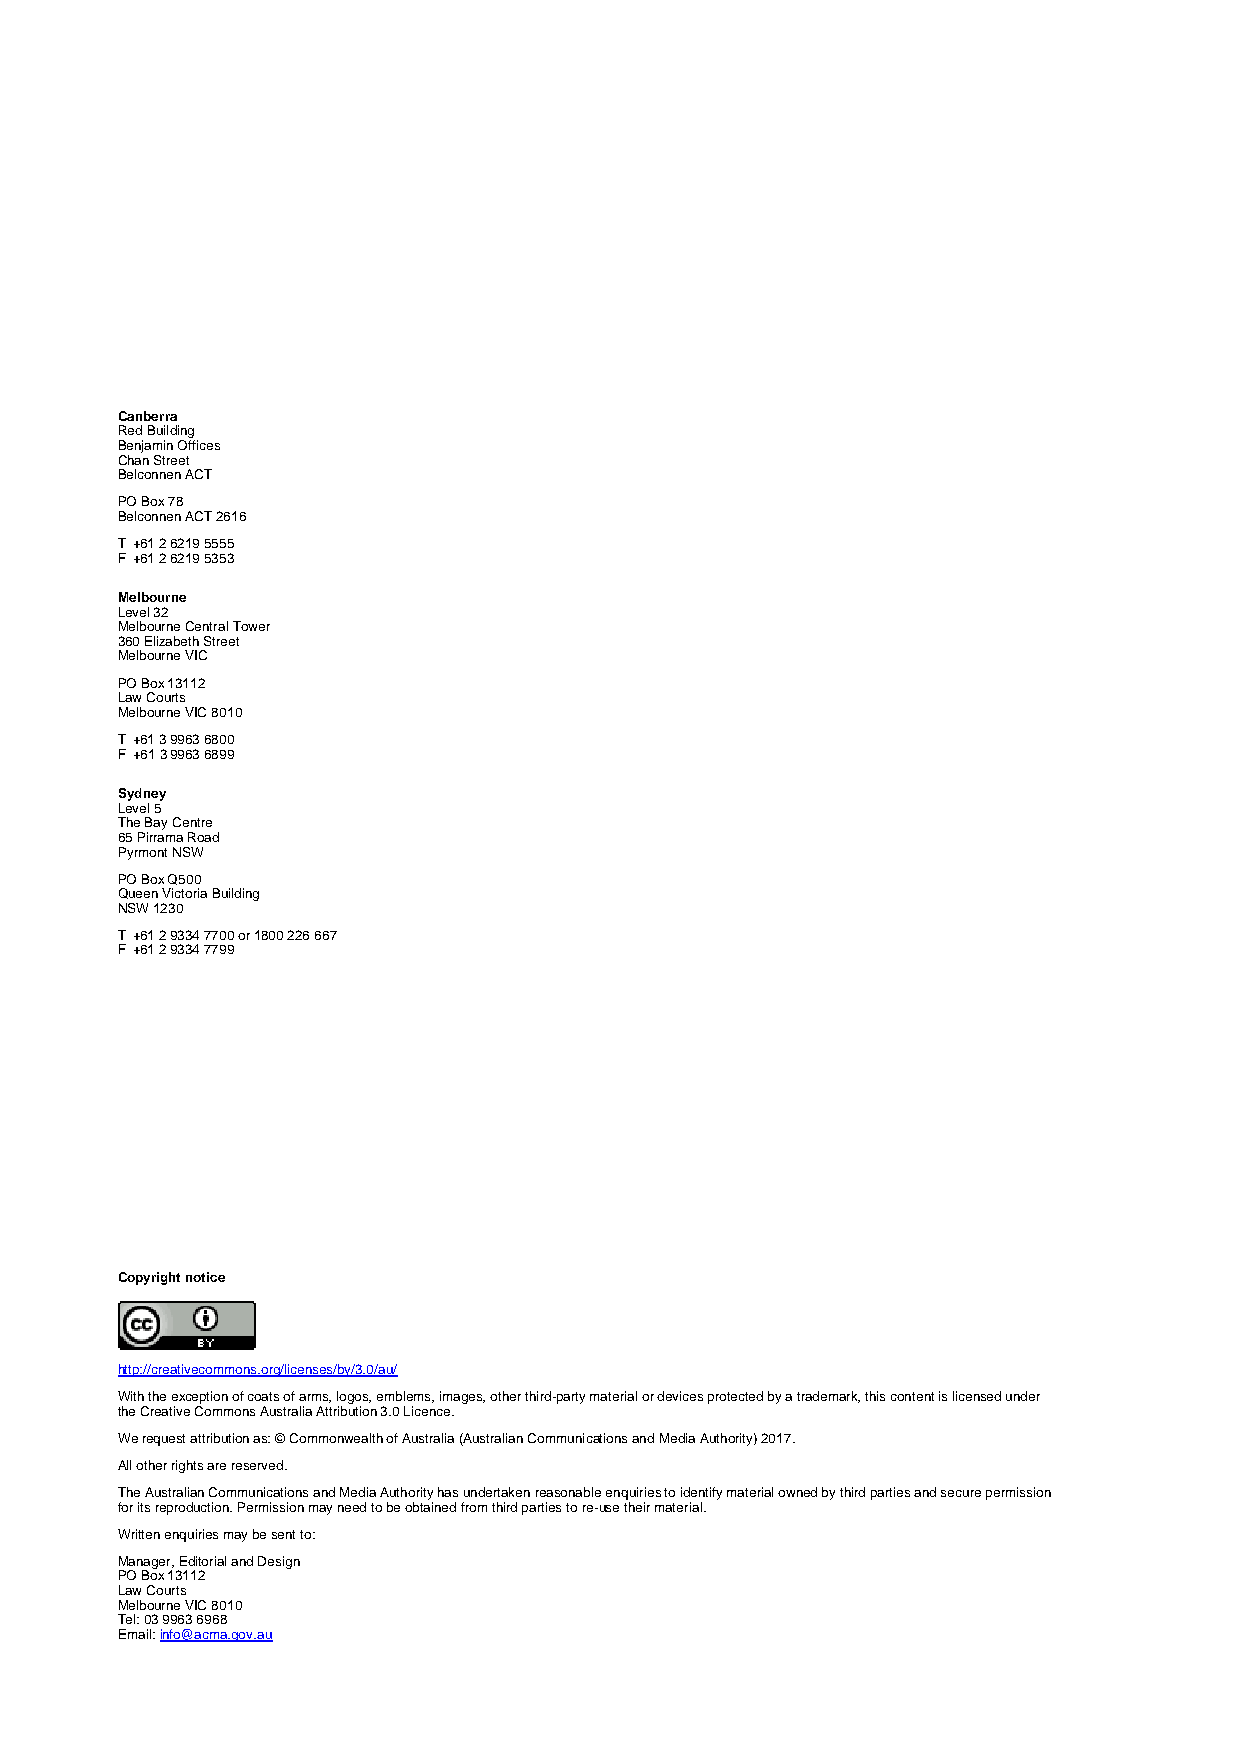
Canberra
 Red Building
 Benjamin Offices
 Chan Street
 Belconnen ACT
 PO Box 78
 Belconnen ACT 2616
 T +61 2 6219 5555
 F +61 2 6219 5353
 Melbourne
 Level 32
 Melbourne Central Tower
 360 Elizabeth Street
 Melbourne VIC
 PO Box 13112
 Law Courts
 Melbourne VIC 8010
 T +61 3 9963 6800
 F +61 3 9963 6899
 Sydney
 Level 5
 The Bay Centre
 65 Pirrama Road
 Pyrmont NSW
 PO Box Q500
 Queen Victoria Building
 NSW 1230
 T +61 2 9334 7700 or 1800 226 667
 F +61 2 9334 7799
 Copyright notice
 http://creativecommons.org/licenses/by/3.0/au/
 With the exception of coats of arms, logos, emblems, images, other third-party material or devices protected by a trademark, this content is licensed under
 the Creative Commons Australia Attribution 3.0 Licence.
 We request attribution as: © Commonwealth of Australia (Australian Communications and Media Authority) 2017.
 All other rights are reserved.
 The Australian Communications and Media Authority has undertaken reasonable enquiries to identify material owned by third parties and secure permission
 for its reproduction. Permission may need to be obtained from third parties to re-use their material.
 Written enquiries may be sent to:
 Manager, Editorial and Design
 PO Box 13112
 Law Courts
 Melbourne VIC 8010
 Tel: 03 9963 6968
 Email: info@acma.gov.au